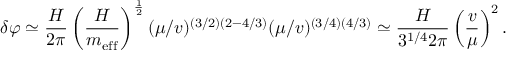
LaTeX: \delta \varphi \simeq \frac { H } { 2 \pi } \left( \frac { H } { m _ { \mathrm { e f f } } } \right) ^ { \frac { 1 } { 2 } } ( \mu / v ) ^ { ( 3 / 2 ) ( 2 - 4 / 3 ) } ( \mu / v ) ^ { ( 3 / 4 ) ( 4 / 3 ) } \simeq \frac { H } { 3 ^ { 1 / 4 } 2 \pi } \left( \frac { v } { \mu } \right) ^ { 2 } .